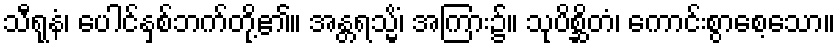
သီရုနံ၊ ပေါင်နှစ်ဘက်တို့၏။ အန္တရသ္မိံ၊ အကြား၌။ သုပိစ္ဆိတံ၊ ကောင်းစွာစေ့သော။